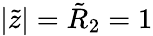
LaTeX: |\tilde{z}|=\tilde{R}_{2}=1